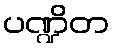
ပဏ္ဍိတ